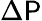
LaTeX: \Delta\mathsf{P}